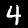
Digit: 4